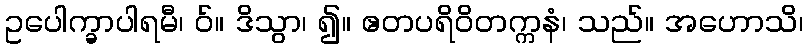
ဥပေါက္ခာပါရမီ၊ ဝ်။ ဒိသွာ၊ ၍။ ဧတပရိဝိတက္ကနံ၊ သည်။ အဟောသိ၊